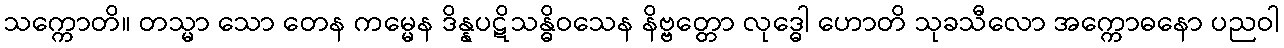
သက္ကောတိ။ တသ္မာ သော တေန ကမ္မေန ဒိန္နပဋိသန္ဓိဝသေန နိဗ္ဗတ္တော လုဒ္ဓေါ ဟောတိ သုခသီလော အက္ကောဓနော ပညဝါ